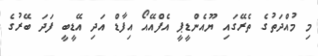
މި މުއްދަތުގެ ތެރޭގައި ޔޫއެންޑީޕީ އެފްއޭއޯ އިފާޑް އަދި އޭޑީބީ ފަދަ ބޭރުގެ